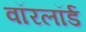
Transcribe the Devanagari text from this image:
वॉरलॉर्ड